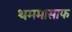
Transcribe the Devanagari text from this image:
थममासाफ